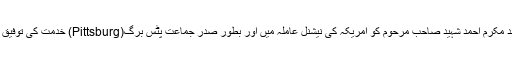
خاوند مکرم احمد شہید صاحب مرحوم کو امریکہ کی نیشنل عاملہ میں اور بطور صدر جماعت پِٹس برگ(Pittsburg) خدمت کی توفیق ملی۔